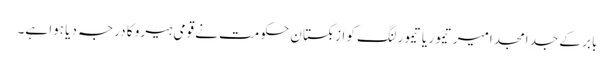
بابر کے جدِ امجد امیر تیمور یا تیمور لنگ کو ازبکستان حکومت نے قومی ہیرو کا درجہ دیا ہوا ہے۔